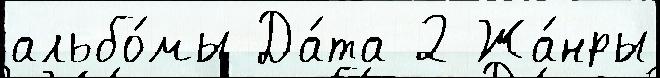
альбо́мы Да́та 2 Жа́нры